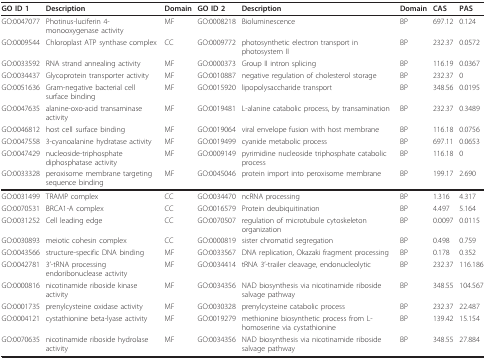
<table><thead><tr><td><b>GO ID 1</b></td><td><b>Description</b></td><td><b>Domain</b></td><td><b>GO ID 2</b></td><td><b>Description</b></td><td><b>Domain</b></td><td><b>CAS</b></td><td><b>PAS</b></td></tr></thead><tbody><tr><td>GO:0047077</td><td>Photinus-luciferin 4-monooxygenase activity</td><td>MF</td><td>GO:0008218</td><td>Bioluminescence</td><td>BP</td><td>697.12</td><td>0.124</td></tr><tr><td>GO:0009544</td><td>Chloroplast ATP synthase complex</td><td>CC</td><td>GO:0009772</td><td>photosynthetic electron transport in photosystem II</td><td>BP</td><td>232.37</td><td>0.0572</td></tr><tr><td>GO:0033592</td><td>RNA strand annealing activity</td><td>MF</td><td>GO:0000373</td><td>Group II intron splicing</td><td>BP</td><td>116.19</td><td>0.0367</td></tr><tr><td>GO:0034437</td><td>Glycoprotein transporter activity</td><td>MF</td><td>GO:0010887</td><td>negative regulation of cholesterol storage</td><td>BP</td><td>232.37</td><td>0</td></tr><tr><td>GO:0051636</td><td>Gram-negative bacterial cell surface binding</td><td>MF</td><td>GO:0015920</td><td>lipopolysaccharide transport</td><td>BP</td><td>348.56</td><td>0.0195</td></tr><tr><td>GO:0047635</td><td>alanine-oxo-acid transaminase activity</td><td>MF</td><td>GO:0019481</td><td>L-alanine catabolic process, by transamination</td><td>BP</td><td>232.37</td><td>0.3489</td></tr><tr><td>GO:0046812</td><td>host cell surface binding</td><td>MF</td><td>GO:0019064</td><td>viral envelope fusion with host membrane</td><td>BP</td><td>116.18</td><td>0.0756</td></tr><tr><td>GO:0047558</td><td>3-cyanoalanine hydratase activity</td><td>MF</td><td>GO:0019499</td><td>cyanide metabolic process</td><td>BP</td><td>697.11</td><td>0.0653</td></tr><tr><td>GO:0047429</td><td>nucleoside-triphosphate diphosphatase activity</td><td>MF</td><td>GO:0009149</td><td>pyrimidine nucleoside triphosphate catabolic process</td><td>BP</td><td>116.18</td><td>0</td></tr><tr><td>GO:0033328</td><td>peroxisome membrane targeting sequence binding</td><td>MF</td><td>GO:0045046</td><td>protein import into peroxisome membrane</td><td>BP</td><td>199.17</td><td>2.690</td></tr><tr><td>GO:0031499</td><td>TRAMP complex</td><td>CC</td><td>GO:0034470</td><td>ncRNA processing</td><td>BP</td><td>1.316</td><td>4.317</td></tr><tr><td>GO:0070531</td><td>BRCA1-A complex</td><td>CC</td><td>GO:0016579</td><td>Protein deubiquitination</td><td>BP</td><td>4.497</td><td>5.164</td></tr><tr><td>GO:0031252</td><td>Cell leading edge</td><td>CC</td><td>GO:0070507</td><td>regulation of microtubule cytoskeleton organization</td><td>BP</td><td>0.0097</td><td>0.0115</td></tr><tr><td>GO:0030893</td><td>meiotic cohesin complex</td><td>CC</td><td>GO:0000819</td><td>sister chromatid segregation</td><td>BP</td><td>0.498</td><td>0.759</td></tr><tr><td>GO:0043566</td><td>structure-specific DNA binding</td><td>MF</td><td>GO:0033567</td><td>DNA replication, Okazaki fragment processing</td><td>BP</td><td>0.178</td><td>0.352</td></tr><tr><td>GO:0042781</td><td>3&#x27;-tRNA processing endoribonuclease activity</td><td>MF</td><td>GO:0034414</td><td>tRNA 3&#x27;-trailer cleavage, endonucleolytic</td><td>BP</td><td>232.37</td><td>116.186</td></tr><tr><td>GO:0000816</td><td>nicotinamide riboside kinase activity</td><td>MF</td><td>GO:0034356</td><td>NAD biosynthesis via nicotinamide riboside salvage pathway</td><td>BP</td><td>348.55</td><td>104.567</td></tr><tr><td>GO:0001735</td><td>prenylcysteine oxidase activity</td><td>MF</td><td>GO:0030328</td><td>prenylcysteine catabolic process</td><td>BP</td><td>232.37</td><td>22.487</td></tr><tr><td>GO:0004121</td><td>cystathionine beta-lyase activity</td><td>MF</td><td>GO:0019279</td><td>methionine biosynthetic process from L-homoserine via cystathionine</td><td>BP</td><td>139.42</td><td>15.154</td></tr><tr><td>GO:0070635</td><td>nicotinamide riboside hydrolase activity</td><td>MF</td><td>GO:0034356</td><td>NAD biosynthesis via nicotinamide riboside salvage pathway</td><td>BP</td><td>348.55</td><td>27.884</td></tr></tbody></table>